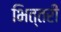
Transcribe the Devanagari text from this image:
भित्तरी